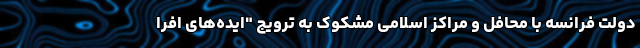
دولت فرانسه با محافل و مراکز اسلامی مشکوک به ترویج "ایده‌های افرا